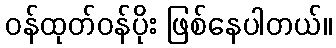
ဝန်ထုတ်ဝန်ပိုး ဖြစ်နေပါတယ်။